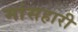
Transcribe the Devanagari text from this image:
मांसहारी